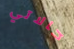
حالاتي